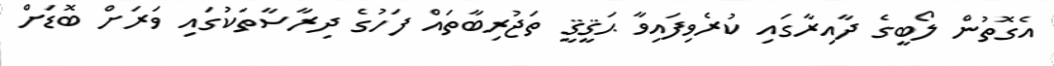
އެގޮތުން ލޯބީގެ ދާއިރާގައި ކުރެވިފައިވާ ޙަޤީޤީ ތަޖުރިބާތައް ފަހުގެ ދިރާސާތަކުގައި ވަރަށް ބޮޑަށް